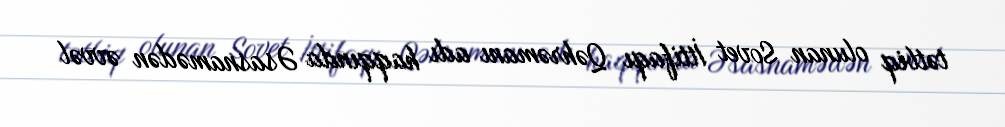
tətbiq olunan Sovet İttifaqı Qəhrəmanı adı haqqında Əsasnamədən əvvəl